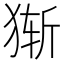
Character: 𰡔